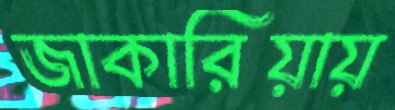
জাকারিয়ায়